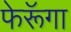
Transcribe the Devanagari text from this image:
फेरूॅगा